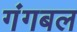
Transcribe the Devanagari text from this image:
गंगबल